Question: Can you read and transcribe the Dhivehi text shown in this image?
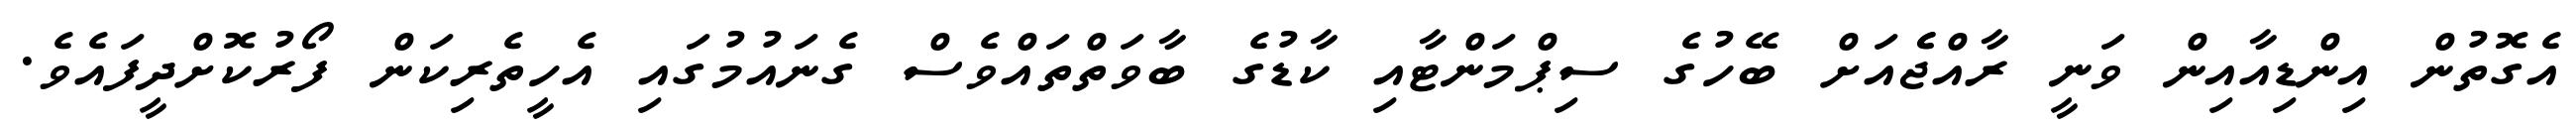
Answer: އެގޮތުން އިންޑިއާއިން ވަނީ ރާއްޖެެއަށް ބޭހުގެ ސިޕްމަންޓާއި ކާޑުގެ ބާވަތްތައްވެސް ގެނައުމުގައި އެހީތެރިކަން ފޯރުކޮށްދީފައެވެ.